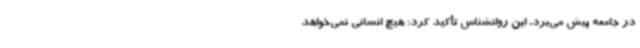
در جامعه پیش می‌برد. این روانشناس تأکید کرد: هیچ انسانی نمی‌خواهد